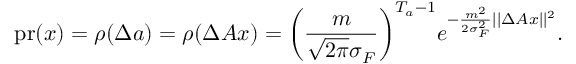
\mathrm { p r } ( x ) = \rho ( \Delta a ) = \rho ( \Delta A x ) = \bigg ( \frac { m } { \sqrt { 2 \pi } \sigma _ { F } } \bigg ) ^ { T _ { a } - 1 } e ^ { - \frac { m ^ { 2 } } { 2 \sigma _ { F } ^ { 2 } } | | \Delta A x | | ^ { 2 } } .